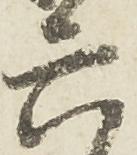
六